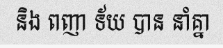
និង ពញា ទ័យ បាន នាំគ្នា